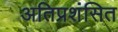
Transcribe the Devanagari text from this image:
अतिप्रशंसित